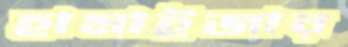
হামাইজার